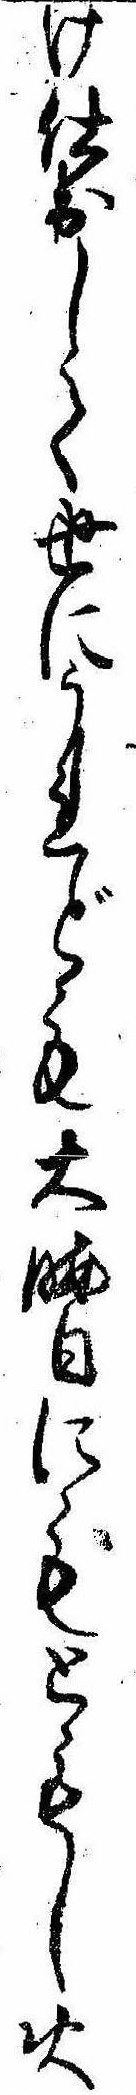
け仕出して世にうれども大晦日にもともし火